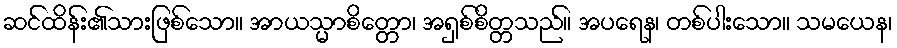
ဆင်ထိန်း၏သားဖြစ်သော။ အာယသ္မာစိတ္တော၊ အရှစ်စိတ္တသည်။ အပရေန၊ တစ်ပါးသော။ သမယေန၊